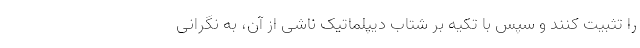
را تثبیت کنند و سپس با تکیه بر شتاب دیپلماتیک ناشی از آن، به نگرانی